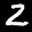
Label: 2